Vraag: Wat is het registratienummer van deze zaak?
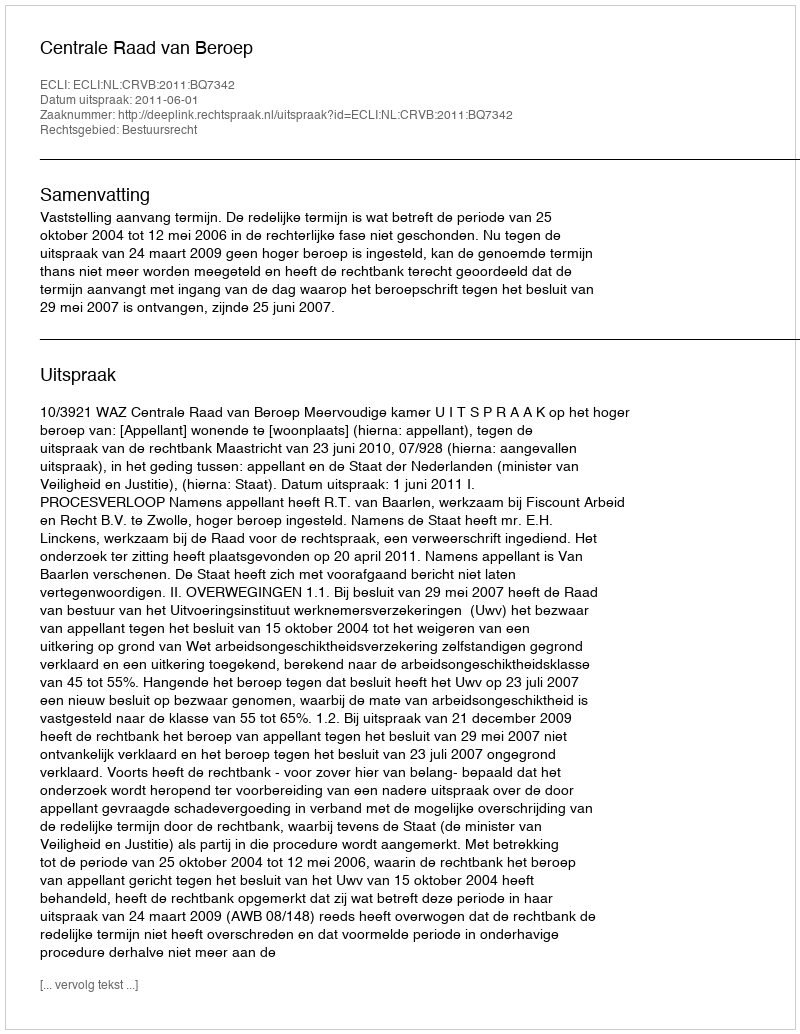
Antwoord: http://deeplink.rechtspraak.nl/uitspraak?id=ECLI:NL:CRVB:2011:BQ7342